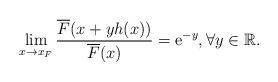
LaTeX: \begin{align*}\lim_{x\rightarrow x_{F}}\frac{\overline{F}(x+yh(x))}{\overline{F}(x)}=\mathrm{e}^{-y},\forall y\in \mathbb{R}. \end{align*}